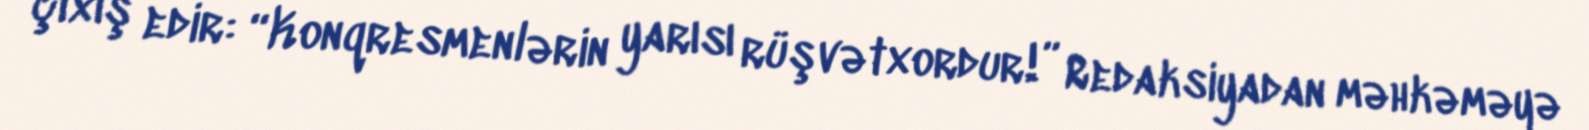
çıxış edir: “Konqresmenlərin yarısı rüşvətxordur!” Redaksiyadan məhkəməyə